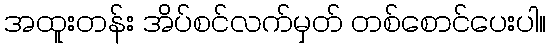
အထူးတန်း အိပ်စင်လက်မှတ် တစ်စောင်ပေးပါ။